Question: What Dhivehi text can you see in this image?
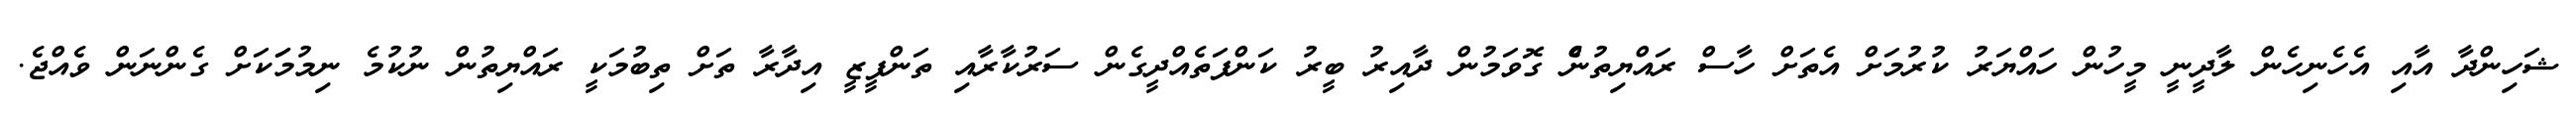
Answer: ޝަހިންދާ އާއި އެހެނިހެން ލާދީނީ މީހުން ހައްޔަރު ކުރުމަށް އެތަށް ހާސް ރައްޔިތުނެް ގޮވަމުން ދާއިރު ބީރު ކަންފަތެއްދީގެން ސަރުކާރާއި ތަންފީޒީ އިދާރާ ތަށް ތިބުމަކީ ރައްޔިތުން ނުކުމެ ނިމުމަަކަށް ގެންނަން ވެއްޖެ.